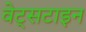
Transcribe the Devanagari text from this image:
वेट्सटाइन